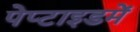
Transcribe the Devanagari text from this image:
पेप्टाइडमें